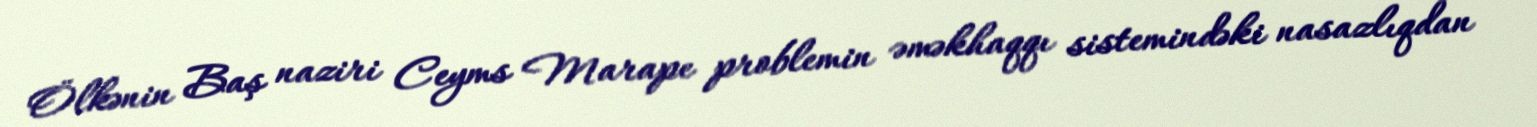
Ölkənin Baş naziri Ceyms Marape problemin əməkhaqqı sistemindəki nasazlıqdan